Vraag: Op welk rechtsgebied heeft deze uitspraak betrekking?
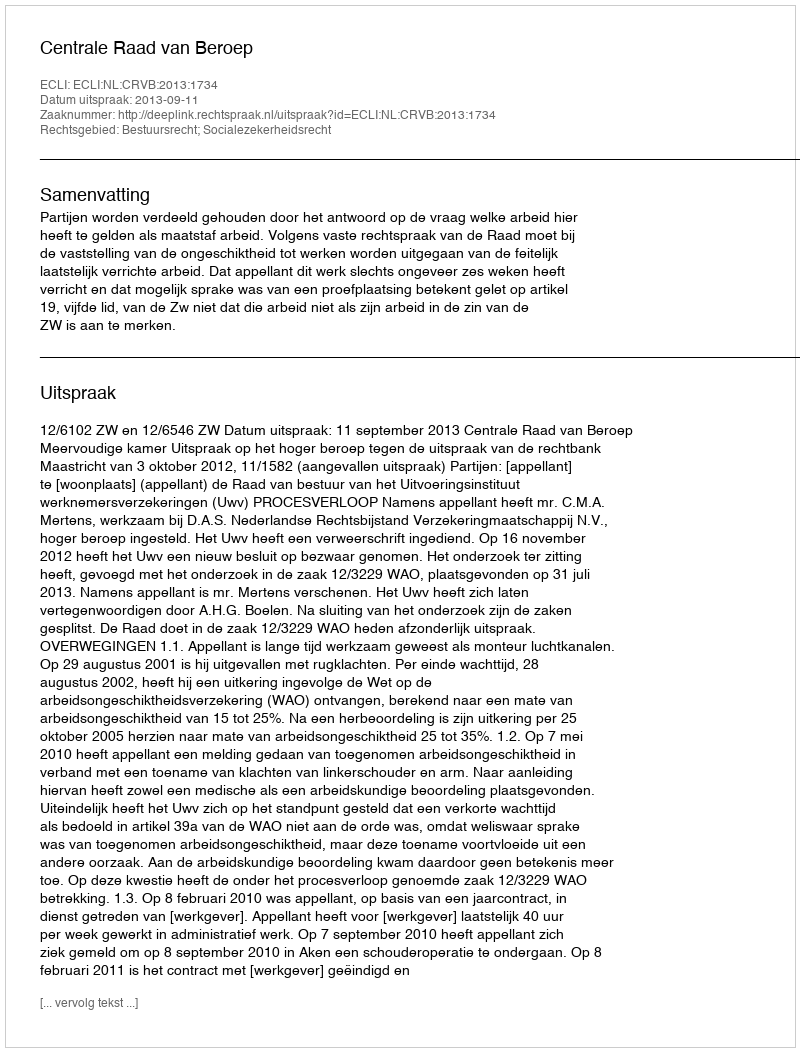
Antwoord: Bestuursrecht; Socialezekerheidsrecht